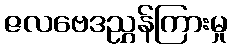
ဇလဗေဒညွှန်ကြားမှု